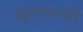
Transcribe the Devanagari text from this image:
खुंटण्याची